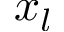
x _ { l }